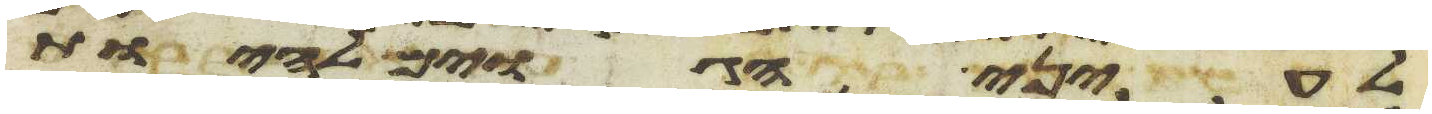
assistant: לעיני הגוים להיות